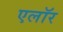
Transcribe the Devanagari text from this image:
एलॉर